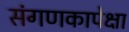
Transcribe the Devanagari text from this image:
संगणकापेक्षा